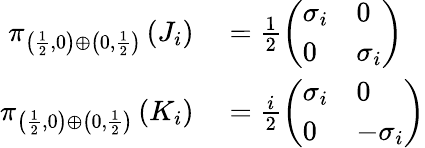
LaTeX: \begin{array}{rl}{\pi_{\left({\frac{1}{2}},0\right)\oplus\left(0,{\frac{1}{2}}\right)}\left(J_{i}\right)}&{{}={\frac{1}{2}}{\left(\begin{array}{ll}{\sigma_{i}}&{0}\\ {0}&{\sigma_{i}}\end{array}\right)}}\\ {\pi_{\left({\frac{1}{2}},0\right)\oplus\left(0,{\frac{1}{2}}\right)}\left(K_{i}\right)}&{{}={\frac{i}{2}}{\left(\begin{array}{ll}{\sigma_{i}}&{0}\\ {0}&{-\sigma_{i}}\end{array}\right)}}\end{array}